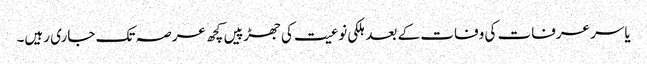
یاسر عرفات کی وفات کے بعد ہلکی نوعیت کی جھڑپیں کچھ عرصہ تک جاری رہیں۔